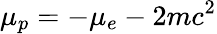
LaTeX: \mu_{p}=-\mu_{e}-2mc^{2}